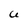
Character: U